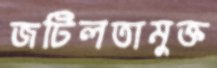
জটিলতামুক্ত